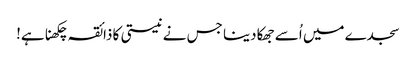
سجدے میں اُسے جھکا دینا جس نے نیستی کا ذائقہ چکھنا ہے!